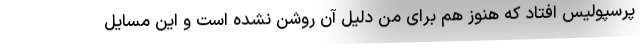
پرسپولیس افتاد که هنوز هم برای من دلیل آن روشن نشده است و این مسایل